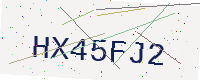
Text: HX45FJ2